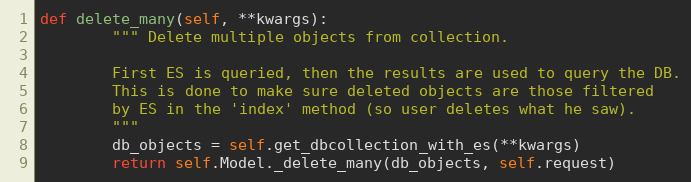
Language: Python
def delete_many(self, **kwargs):
        """ Delete multiple objects from collection.

        First ES is queried, then the results are used to query the DB.
        This is done to make sure deleted objects are those filtered
        by ES in the 'index' method (so user deletes what he saw).
        """
        db_objects = self.get_dbcollection_with_es(**kwargs)
        return self.Model._delete_many(db_objects, self.request)